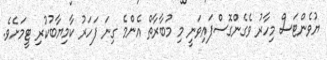
ޔުވެންޓަސް މިހާރު ވެގެންގޮސްފައިވަނީ މި މުބާރާތް އެންމެ ގިނަ ފަހަރު ކާމިޔާބުކުރި ޓީމަށެވެ.